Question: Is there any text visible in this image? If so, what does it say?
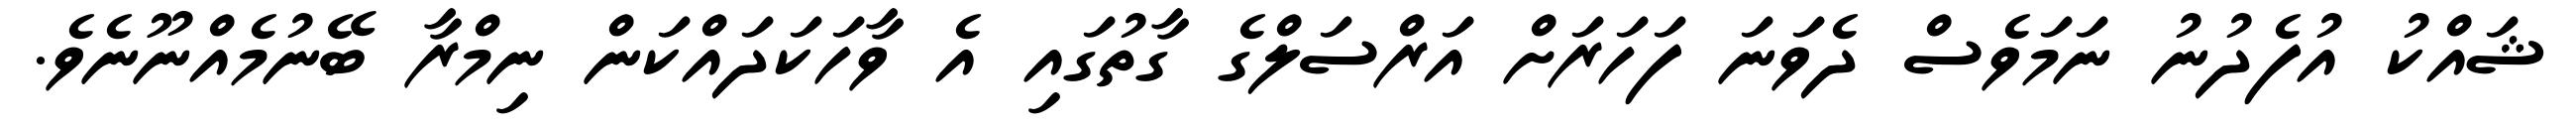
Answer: ޝައްކު އުފެދުނު ނަމަވެސް ދެވަނަ ފަހަރަށް އަރްސަލްގެ ގާތުގައި އެ ވާހަކަދައްކަން ނިމްރާ ބޭނުމެއްނޫނެވެ.